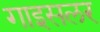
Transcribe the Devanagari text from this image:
गाइसलर